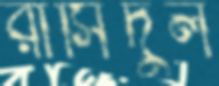
রাসিদুল